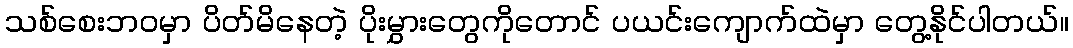
သစ်စေးဘဝမှာ ပိတ်မိနေတဲ့ ပိုးမွှားတွေကိုတောင် ပယင်းကျောက်ထဲမှာ တွေ့နိုင်ပါတယ်။